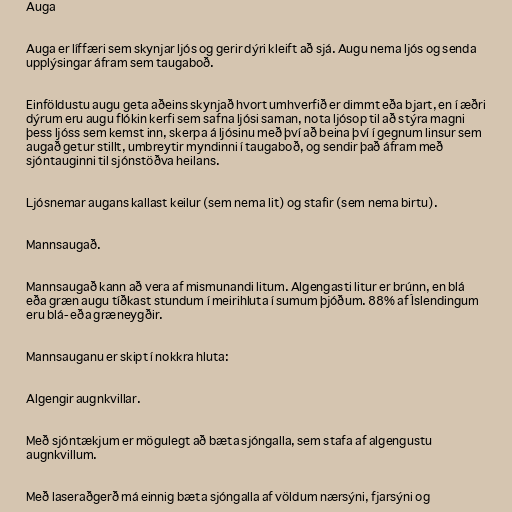
Auga

Auga er líffæri sem skynjar ljós og gerir dýri kleift að sjá. Augu nema ljós og senda
upplýsingar áfram sem taugaboð.

Einföldustu augu geta aðeins skynjað hvort umhverfið er dimmt eða bjart, en í æðri
dýrum eru augu flókin kerfi sem safna ljósi saman, nota ljósop til að stýra magni
þess ljóss sem kemst inn, skerpa á ljósinu með því að beina því í gegnum linsur sem
augað getur stillt, umbreytir myndinni í taugaboð, og sendir það áfram með
sjóntauginni til sjónstöðva heilans.

Ljósnemar augans kallast keilur (sem nema lit) og stafir (sem nema birtu).

Mannsaugað.

Mannsaugað kann að vera af mismunandi litum. Algengasti litur er brúnn, en blá
eða græn augu tíðkast stundum í meirihluta í sumum þjóðum. 88% af Íslendingum
eru blá- eða græneygðir.

Mannsauganu er skipt í nokkra hluta:

Algengir augnkvillar.

Með sjóntækjum er mögulegt að bæta sjóngalla, sem stafa af algengustu
augnkvillum.

Með laseraðgerð má einnig bæta sjóngalla af völdum nærsýni, fjarsýni og